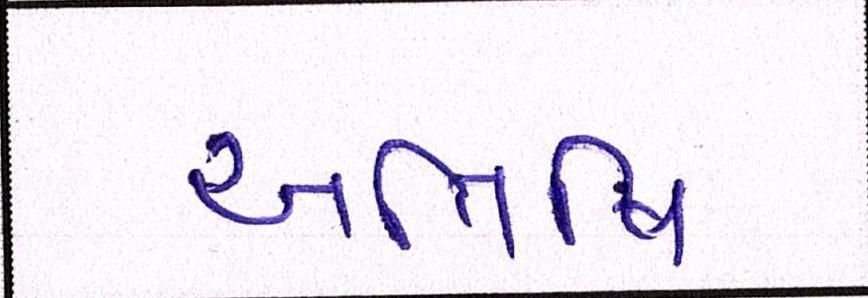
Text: અતિથિ